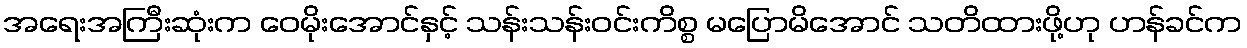
အရေးအကြီးဆုံးက ဝေမိုးအောင်နှင့် သန်းသန်းဝင်းကိစ္စ မပြောမိအောင် သတိထားဖို့ဟု ဟန်ခင်က